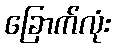
ခြောက်လုံး